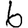
Digit: 6